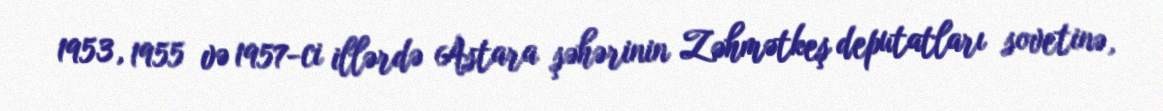
1953, 1955 və 1957-ci illərdə Astara şəhərinin Zəhmətkeş deputatları sovetinə,